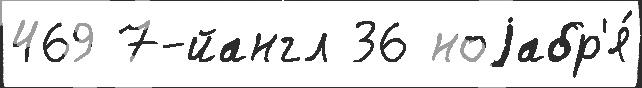
469 7-йангл 36 ноjабр'я́